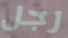
رجل